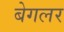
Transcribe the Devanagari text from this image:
बेगलर